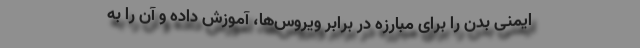
ایمنی بدن را برای مبارزه در برابر ویروس‌ها، آموزش داده و آن را به